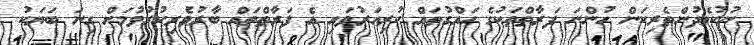
ނުކުޅެދުންތެރިކަން ހުންނަ ފަރާތްތަކުގެ ހައްގުތައް ކުރިއަރުވައި އެ ފަރާތްތައް ބާރުވެރިކުރުވުމަށް ގިނަ ބަޔަކު